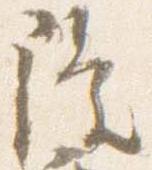
隆